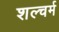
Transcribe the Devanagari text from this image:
शल्चर्म